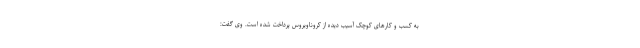
به کسب و کارهای کوچک آسیب دیده از کروناویروس پرداخت شده است. وی گفت: